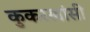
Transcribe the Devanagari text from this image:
कुकरखांसी